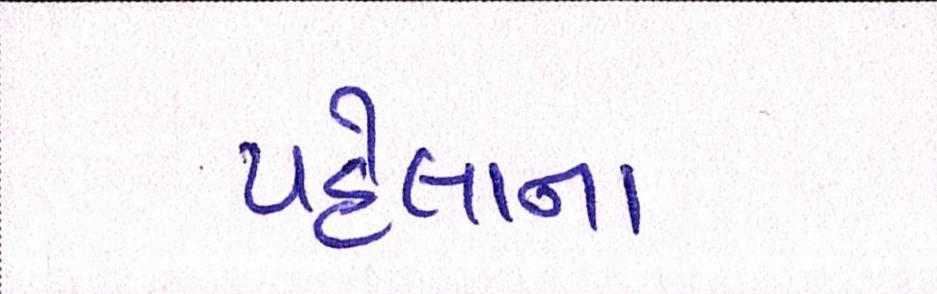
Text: પહેલાના